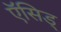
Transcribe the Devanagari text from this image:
ऍसिड्